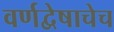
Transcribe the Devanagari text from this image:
वर्णद्वेषाचेच